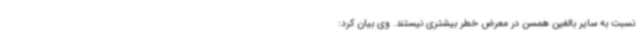
نسبت به سایر بالغین همسن در معرض خطر بیشتری نیستند. وی بیان کرد: